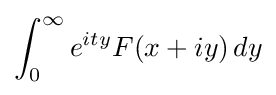
\int _{0}^{\infty }e^{ity}F(x+iy)\,dy